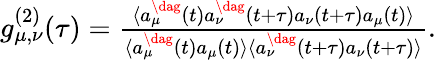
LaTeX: \begin{array}{r}{g_{\mu,\nu}^{(2)}(\tau)=\frac{\langle{a_{\mu}^{\dag}(t)}{a_{\nu}^{\dag}(t+\tau)}{a_{\nu}(t+\tau)}{a_{\mu}(t)}\rangle}{\langle{a_{\mu}^{\dag}(t)}{a_{\mu}(t)}\rangle\langle{a_{\nu}^{\dag}(t+\tau)}{a_{\nu}(t+\tau)}\rangle}.}\end{array}